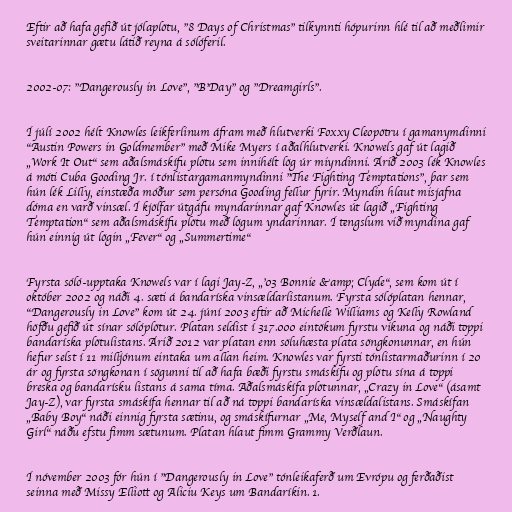
Eftir að hafa gefið út jólaplötu, "8 Days of Christmas" tilkynnti hópurinn hlé til að meðlimir
sveitarinnar gætu látið reyna á sólóferil.

2002-07: "Dangerously in Love", "B'Day" og "Dreamgirls".

Í júlí 2002 hélt Knowles leikferlinum áfram með hlutverki Foxxy Cleopötru í gamanymdinni
"Austin Powers in Goldmember" með Mike Myers í aðalhlutverki. Knowels gaf út lagið
„Work It Out“ sem aðalsmáskífu plötu sem innihélt lög úr miyndinni. Árið 2003 lék Knowles
á móti Cuba Gooding Jr. í tónlistargamanmyndinni "The Fighting Temptations", þar sem
hún lék Lilly, einstæða móður sem persóna Gooding fellur fyrir. Myndin hlaut misjafna
dóma en varð vinsæl. Í kjölfar útgáfu myndarinnar gaf Knowles út lagið „Fighting
Temptation“ sem aðalsmáskífu plötu með lögum yndarinnar. Í tengslum við myndina gaf
hún einnig út lögin „Fever“ og „Summertime“

Fyrsta sóló-upptaka Knowels var í lagi Jay-Z, „'03 Bonnie &amp; Clyde“, sem kom út í
október 2002 og náði 4. sæti á bandaríska vinsældarlistanum. Fyrsta sólóplatan hennar,
"Dangerously in Love" kom út 24. júní 2003 eftir að Michelle Williams og Kelly Rowland
höfðu gefið út sínar sólóplötur. Platan seldist í 317.000 eintökum fyrstu vikuna og náði toppi
bandaríska plötulistans. Árið 2012 var platan enn söluhæsta plata söngkonunnar, en hún
hefur selst í 11 milljónum eintaka um allan heim. Knowles var fyrsti tónlistarmaðurinn í 20
ár og fyrsta söngkonan í sögunni til að hafa bæði fyrstu smáskífu og plötu sína á toppi
breska og bandarísku listans á sama tíma. Aðalsmáskífa plötunnar, „Crazy in Love“ (ásamt
Jay-Z), var fyrsta smáskífa hennar til að ná toppi bandaríska vinsældalistans. Smáskífan
„Baby Boy“ náði einnig fyrsta sætinu, og smáskífurnar „Me, Myself and I“ og „Naughty
Girl“ náðu efstu fimm sætunum. Platan hlaut fimm Grammy Verðlaun.

Í nóvember 2003 fór hún í "Dangerously in Love" tónleikaferð um Evrópu og ferðaðist
seinna með Missy Elliott og Aliciu Keys um Bandaríkin. 1.